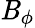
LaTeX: \mathit{B}_{\phi}